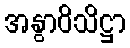
အနွာဝိသိဋ္ဌာ